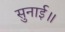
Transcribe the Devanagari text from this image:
सुनाई॥